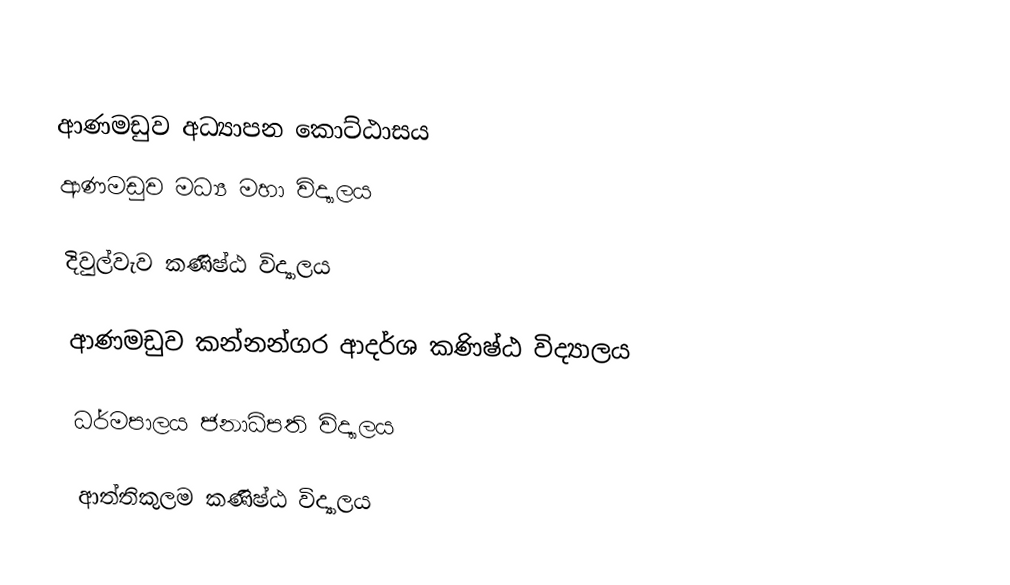

ආණමඩුව අධ්‍යාපන කොට්ඨාසය
ආණමඩුව මධ්‍ය මහා විද්‍යාලය

දිවුල්වැව කණිෂ්ඨ විද්‍යාලය

ආණමඩුව කන්නන්ගර ආදර්ශ කණිෂ්ඨ විද්‍යාලය

ධර්මපාලය ජනාධිපති විද්‍යාලය

ආත්තිකුලම කණිෂ්ඨ විද්‍යාලය